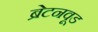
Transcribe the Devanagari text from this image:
ब्रेटनवूड